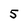
Character: 5